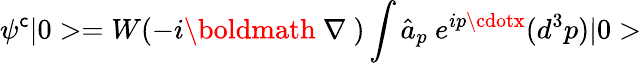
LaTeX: \psi^{\mathsf{c}}|0>=W(-i\mathrm{{\boldmath~\nabla~}})\int\hat{{a}}_{p}~e^{ip\cdotx}(d^{3}p)|0>